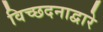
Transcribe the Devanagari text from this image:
विच्छदनाद्वारे